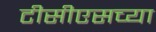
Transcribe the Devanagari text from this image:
टीसीएसच्या